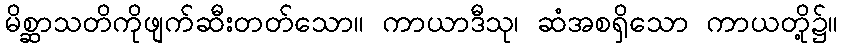
မိစ္ဆာသတိကိုဖျက်ဆီးတတ်သော။ ကာယာဒီသု၊ ဆံအစရှိသော ကာယတို့၌။